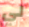
لي